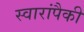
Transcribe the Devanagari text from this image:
स्वारांपैकी